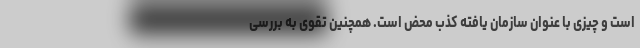
است و چیزی با عنوان سازمان یافته کذب محض است. همچنین تقوی به بررسی